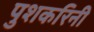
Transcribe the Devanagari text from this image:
पुशकरिनी